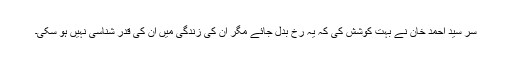
سر سید احمد خان نے بہت کوشش کی کہ یہ رخ بدل جائے مگر ان کی زندگی میں ان کی قدر شناسی نہیں ہو سکی۔